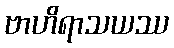
ဗာဟိရာသယဿ